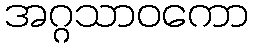
အဂ္ဂသာဝကော